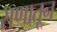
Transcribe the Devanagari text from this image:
सणातून